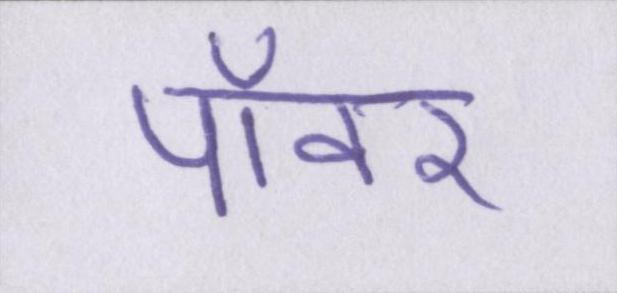
पॉवर